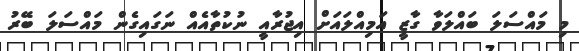
މި މައްސަލަ ބައްލަވާ ގާޒީ އަމިއްލައަށް އިޖުރާއީ ނުކުތާއެއް ނަގައިގެން މައްސަލަ ބޭރު